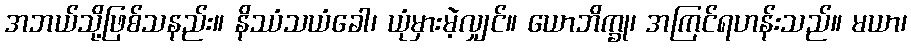
အဘယ်သို့ဖြစ်သနည်း။ နိဿံသယံခေါ၊ ယုံမှားမဲ့လျှင်။ ယောဘိက္ခု၊ အကြင်ရဟန်းသည်။ မယာ၊